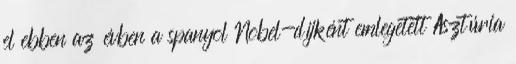
el ebben az évben a spanyol Nobel-díjként emlegetett Asztúria